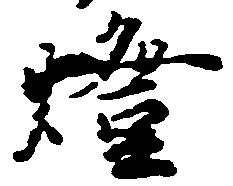
燈